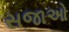
સજાઓ